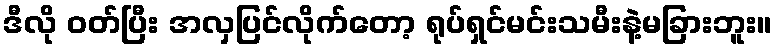
ဒီလို ဝတ်ပြီး အလှပြင်လိုက်တော့ ရုပ်ရှင်မင်းသမီးနဲ့မခြားဘူး။